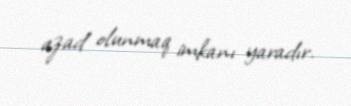
azad olunmaq imkanı yaradır.